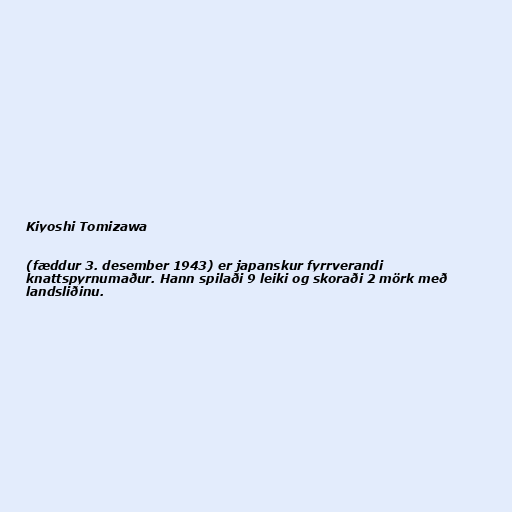
Kiyoshi Tomizawa

(fæddur 3. desember 1943) er japanskur fyrrverandi
knattspyrnumaður. Hann spilaði 9 leiki og skoraði 2 mörk með
landsliðinu.